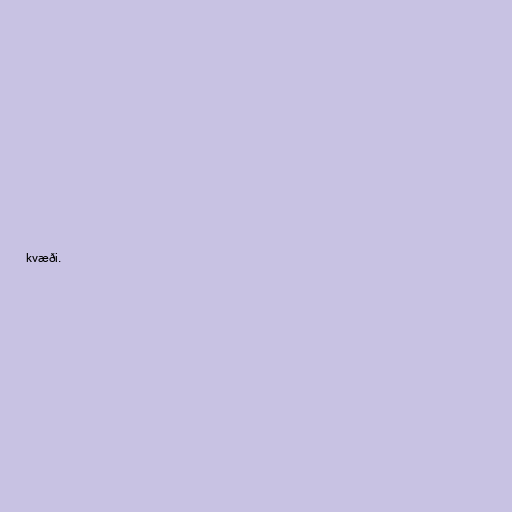
kvæði.